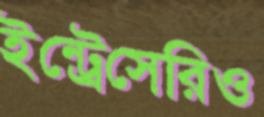
ইন্ট্রেসেরিও